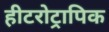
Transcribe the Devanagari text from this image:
हीटरोट्रापिक